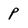
Character: p